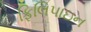
ફિલિપાઇન